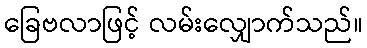
ခြေဗလာဖြင့် လမ်းလျှောက်သည်။